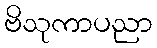
ဗိသုကာပညာ